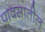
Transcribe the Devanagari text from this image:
पावसातील